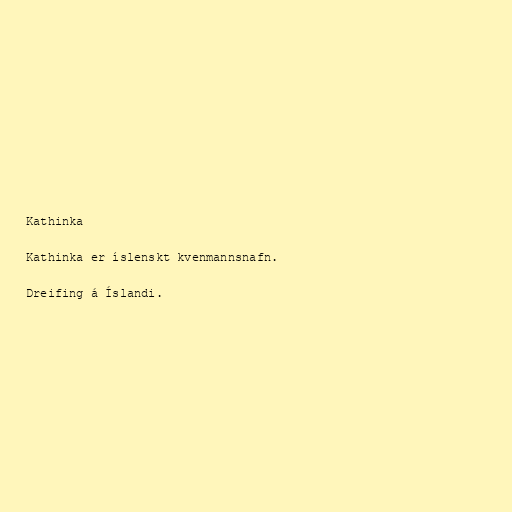
Kathinka

Kathinka er íslenskt kvenmannsnafn.

Dreifing á Íslandi.